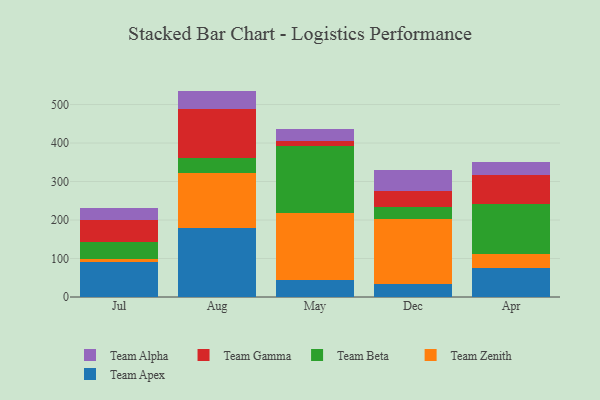
{"axis": {"x": "Month", "y": "Backlog"}, "legend": ["Team Alpha", "Team Apex", "Team Beta", "Team Gamma", "Team Zenith"], "data": [{"x": "Jul", "y": 89.8, "type": "Team Apex"}, {"x": "Jul", "y": 8.5, "type": "Team Zenith"}, {"x": "Jul", "y": 45.2, "type": "Team Beta"}, {"x": "Jul", "y": 57.5, "type": "Team Gamma"}, {"x": "Jul", "y": 29.2, "type": "Team Alpha"}, {"x": "Aug", "y": 179.9, "type": "Team Apex"}, {"x": "Aug", "y": 141.2, "type": "Team Zenith"}, {"x": "Aug", "y": 39.9, "type": "Team Beta"}, {"x": "Aug", "y": 127.2, "type": "Team Gamma"}, {"x": "Aug", "y": 47.3, "type": "Team Alpha"}, {"x": "May", "y": 43.6, "type": "Team Apex"}, {"x": "May", "y": 173.9, "type": "Team Zenith"}, {"x": "May", "y": 173.5, "type": "Team Beta"}, {"x": "May", "y": 13.9, "type": "Team Gamma"}, {"x": "May", "y": 31.5, "type": "Team Alpha"}, {"x": "Dec", "y": 33.6, "type": "Team Apex"}, {"x": "Dec", "y": 169.4, "type": "Team Zenith"}, {"x": "Dec", "y": 30.6, "type": "Team Beta"}, {"x": "Dec", "y": 40.8, "type": "Team Gamma"}, {"x": "Dec", "y": 55.0, "type": "Team Alpha"}, {"x": "Apr", "y": 76.5, "type": "Team Apex"}, {"x": "Apr", "y": 35.5, "type": "Team Zenith"}, {"x": "Apr", "y": 130.4, "type": "Team Beta"}, {"x": "Apr", "y": 75.8, "type": "Team Gamma"}, {"x": "Apr", "y": 31.3, "type": "Team Alpha"}]}